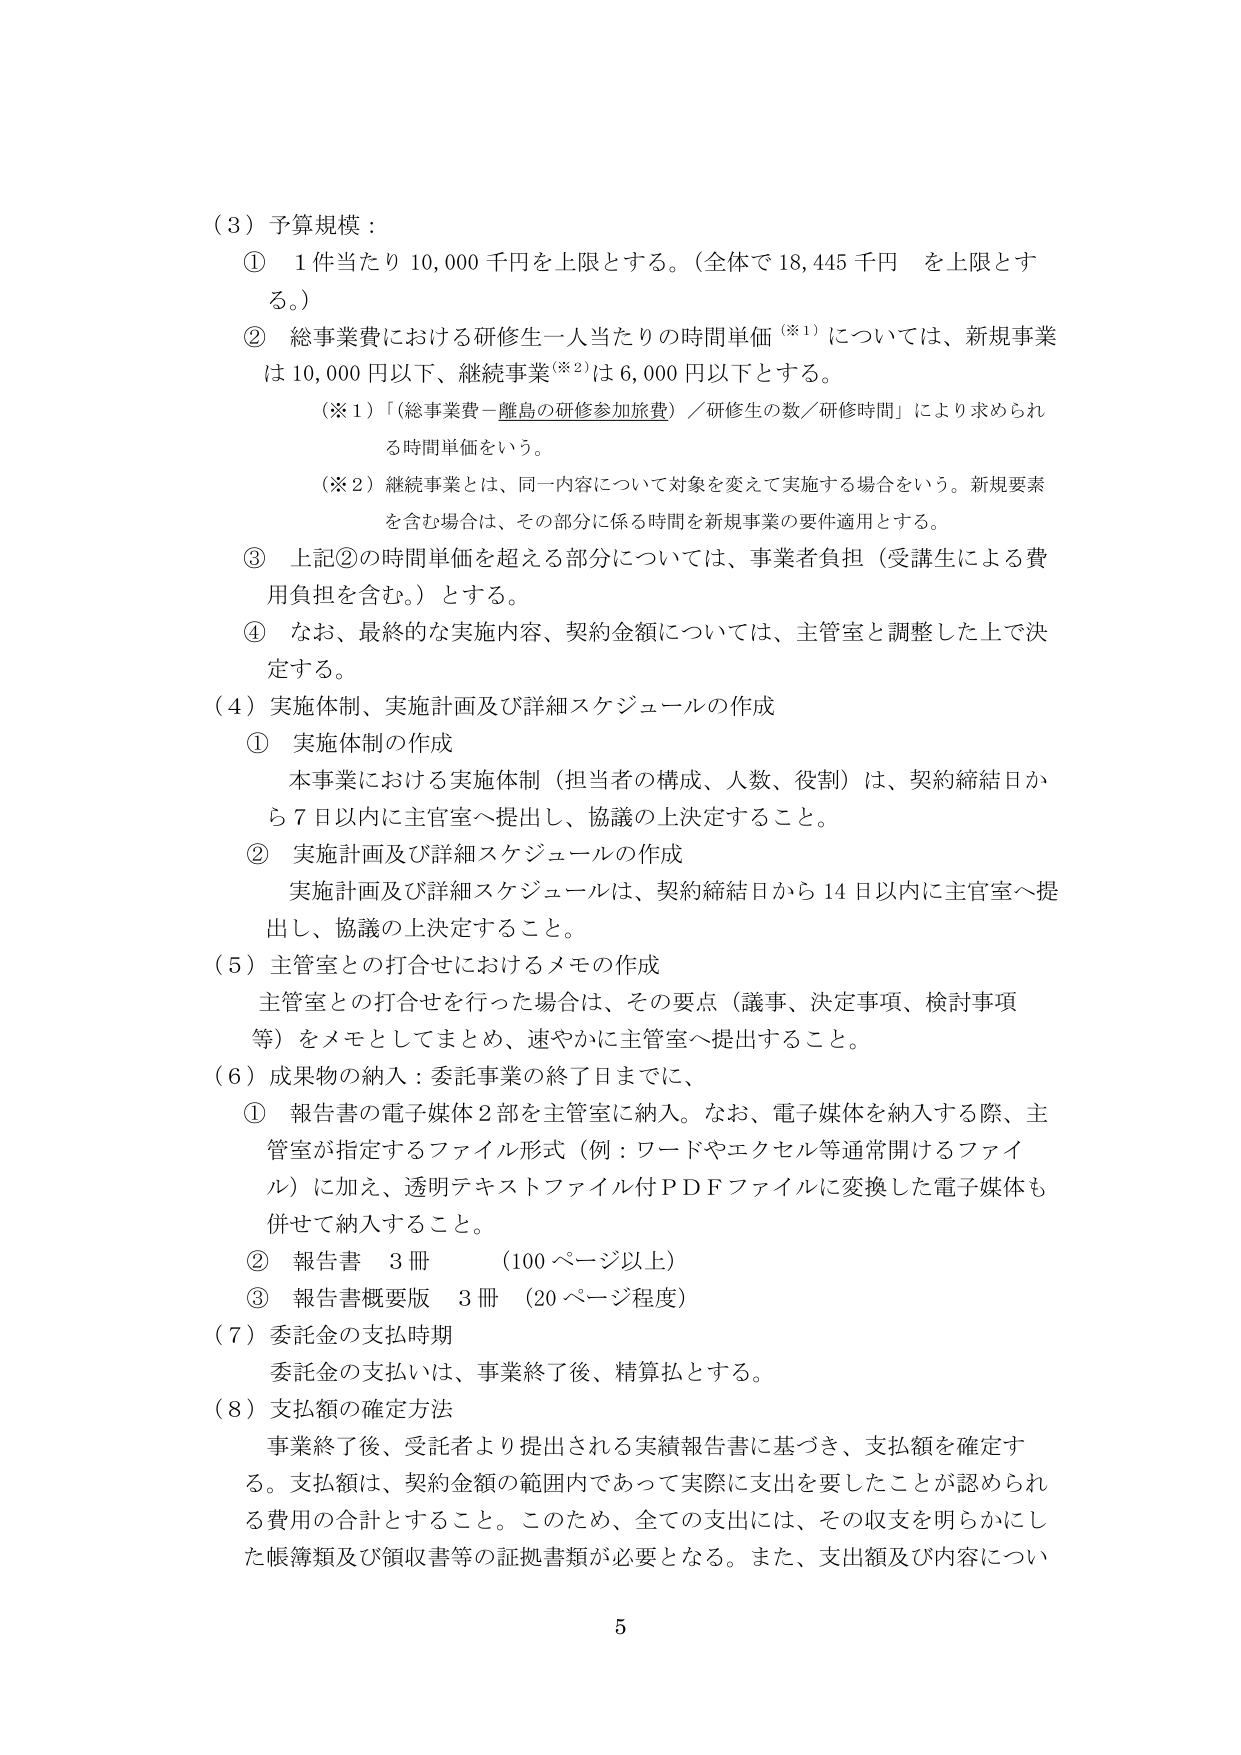
（３）予算規模：

① １件当たり 10,000 千円を上限とする。（全体で 18,445 千円 を上限とする。）

② 総事業費における研修生一人当たりの時間単価（※１）については、新規事業は 10,000 円以下、継続事業（※２）は 6,000 円以下とする。

（※１）「総事業費－離島の研修参加旅費」／研修生の数／研修時間」により求められる時間単価をいう。

（※２）継続事業とは、同一内容について対象を変えて実施する場合をいう。新規要素を含む場合は、その部分に係る時間を新規事業の要件適用とする。

③ 上記②の時間単価を超える部分については、事業者負担（受講生による費用負担を含む。）とする。

④ なお、最終的な実施内容、契約金額については、主管室と調整した上で決定する。

（４）実施体制、実施計画及び詳細スケジュールの作成

① 実施体制の作成

本事業における実施体制（担当者の構成、人数、役割）は、契約締結日から７日以内に主管室へ提出し、協議の上決定すること。

② 実施計画及び詳細スケジュールの作成

実施計画及び詳細スケジュールは、契約締結日から 14 日以内に主管室へ提出し、協議の上決定すること。

（５）主管室との打合せにおけるメモの作成

主管室との打合せを行った場合は、その要点（議事、決定事項、検討事項等）をメモとしてまとめ、速やかに主管室へ提出すること。

（６）成果物の納入：委託事業の終了日までに、

① 報告書の電子媒体２部を主管室に納入。なお、電子媒体を納入する際、主管室が指定するファイル形式（例：ワードやエクセル等通常開けるファイル）に加え、透明テキストファイル付ＰＤＦファイルに変換した電子媒体も併せて納入すること。

② 報告書 ３冊 （100 ページ以上）

③ 報告書概要版 ３冊 （20 ページ程度）

（７）委託金の支払時期

委託金の支払いは、事業終了後、精算払とする。

（８）支払額の確定方法

事業終了後、受託者より提出される実績報告書に基づき、支払額を確定する。支払額は、契約金額の範囲内であって実際に支出を要したことが認められる費用の合計とすること。このため、全ての支出には、その収支を明らかにした帳簿類及び領収書等の証拠書類が必要となる。また、支出額及び内容について

5